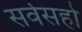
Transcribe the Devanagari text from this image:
सर्वसहो